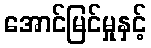
အောင်မြင်မှုနှင့်